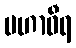
မဟာဝီရ